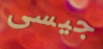
جيسى